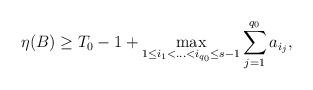
LaTeX: \begin{align*}\eta(B)\ge T_0-1+\max_{1 \le i_1<\ldots<i_{q_0} \le s-1} \sum_{j=1}^{q_0} a_{i_j}, \end{align*}